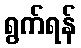
ရွက်ရန်